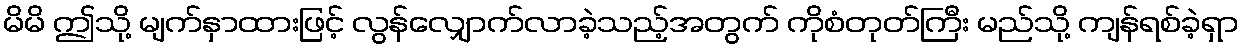
မိမိ ဤသို့ မျက်နှာထားဖြင့် လွန်လျှောက်လာခဲ့သည့်အတွက် ကိုစံတုတ်ကြီး မည်သို့ ကျန်ရစ်ခဲ့ရှာ